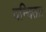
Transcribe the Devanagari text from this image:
वन्दिता।